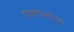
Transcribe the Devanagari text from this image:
पावरप्लांट्स